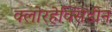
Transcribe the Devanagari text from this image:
क्लोरहेक्सिडीन